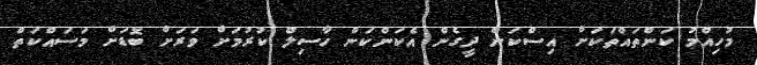
މުހިއްމު ކަންތައްތަކަށް އިސްކަން ދީގެން އެކަންކަން ހާސިލް ކުރުމަށް ވަރަށް ބޮޑަށް މަސައްކަތް